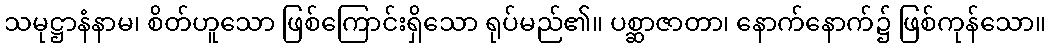
သမုဋ္ဌာနံနာမ၊ စိတ်ဟူသော ဖြစ်ကြောင်းရှိသော ရုပ်မည်၏။ ပစ္ဆာဇာတာ၊ နောက်နောက်၌ ဖြစ်ကုန်သော။